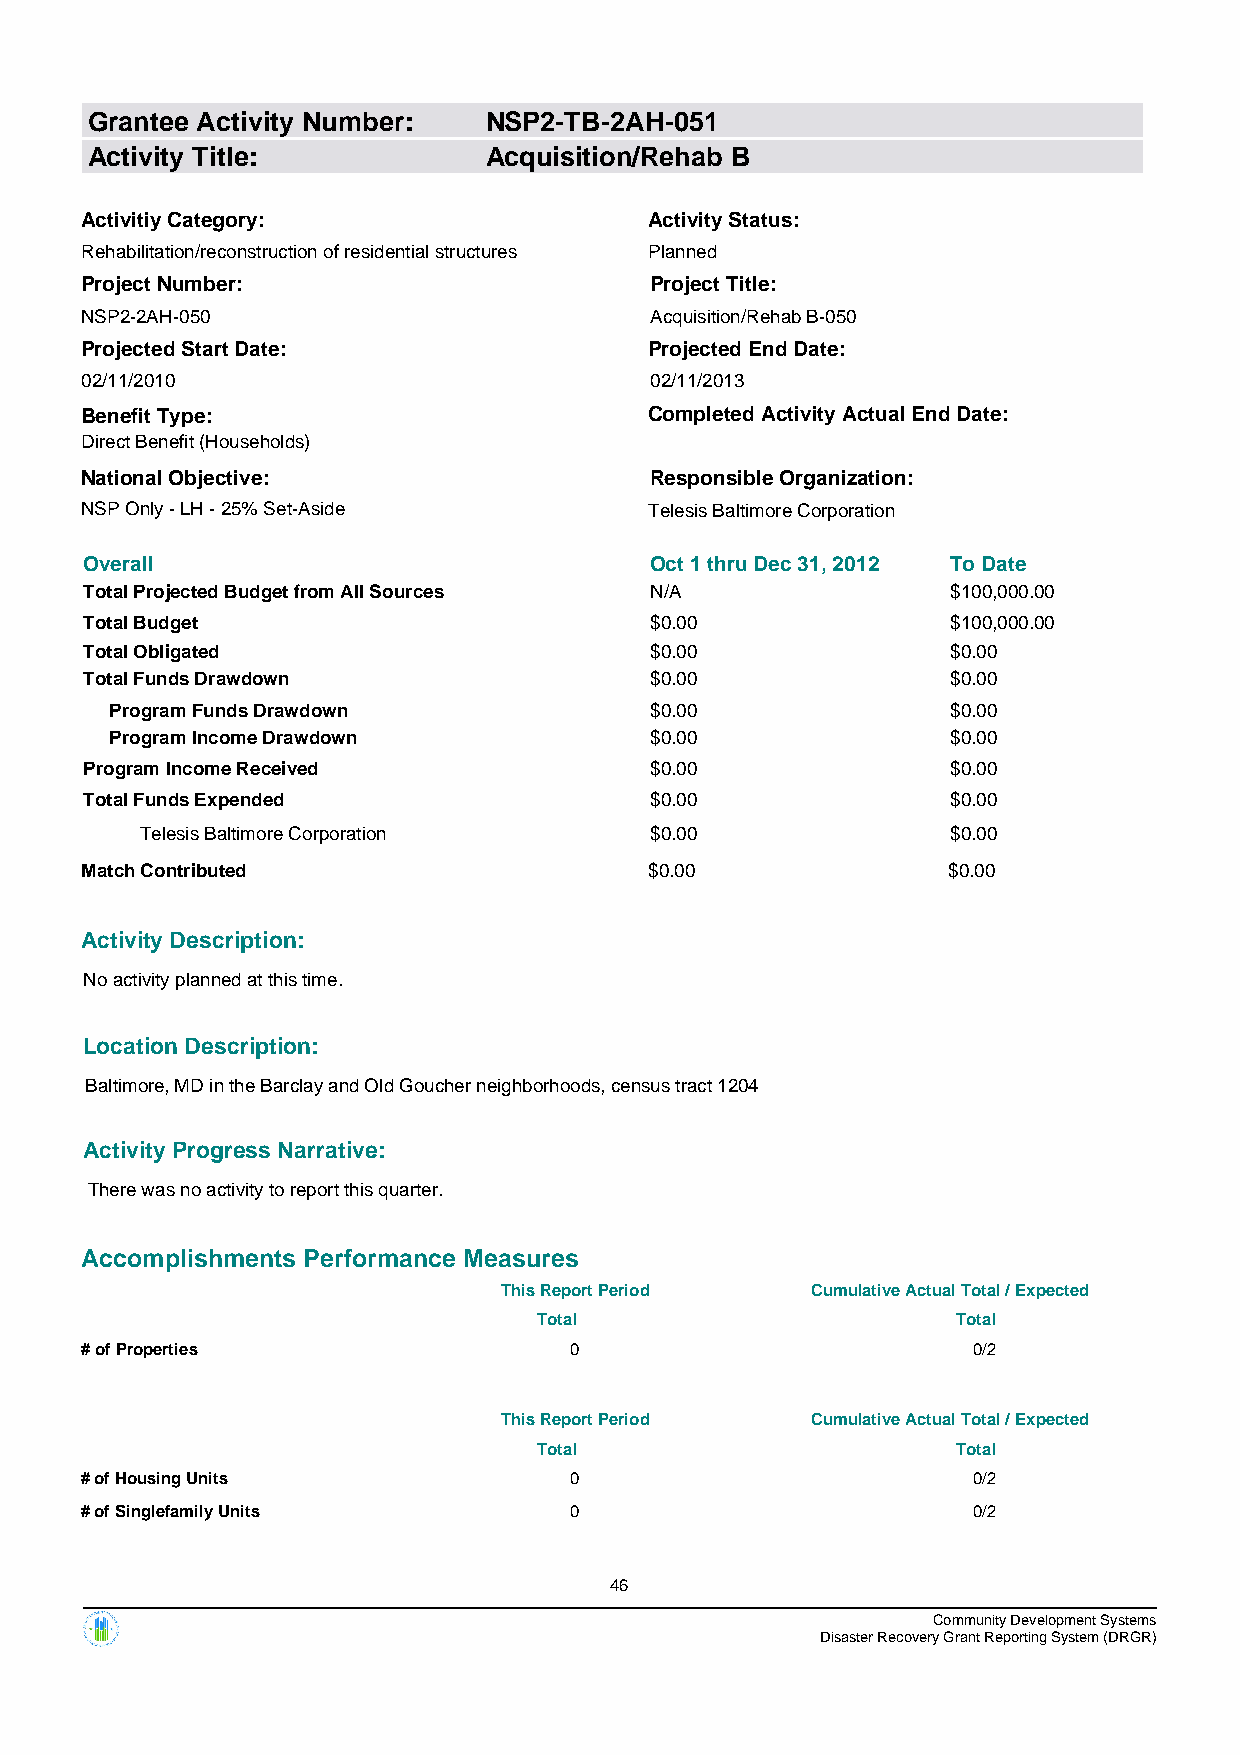
Grantee Activity Number:  NSP2-TB-2AH-051
 Activity Title:           Acquisition/Rehab B
 Activitiy Category:                   Activity Status:
 Rehabilitation/reconstruction of residential structures Planned
 Project Number:                       Project Title:
 NSP2-2AH-050                          Acquisition/Rehab B-050
 Projected Start Date:                 Projected End Date:
 02/11/2010                            02/11/2013
 Benefit Type:                         Completed Activity Actual End Date:
 Direct Benefit (Households)
 National Objective:                   Responsible Organization:
 NSP Only - LH - 25% Set-Aside         Telesis Baltimore Corporation
 Overall                              Oct 1 thru Dec 31, 2012 To Date
 Total Projected Budget from All Sources N/A              $100,000.00
 Total Budget                         $0.00               $100,000.00
 Total Obligated                      $0.00               $0.00
 Total Funds Drawdown                 $0.00               $0.00
 Program Funds Drawdown              $0.00               $0.00
 Program Income Drawdown             $0.00               $0.00
 Program Income Received              $0.00               $0.00
 Total Funds Expended                 $0.00               $0.00
 Telesis Baltimore Corporation     $0.00               $0.00
 Match Contributed                     $0.00               $0.00
 Activity Description:
 No activity planned at this time.
 Location Description:
 Baltimore, MD in the Barclay and Old Goucher neighborhoods, census tract 1204
 Activity Progress Narrative:
 There was no activity to report this quarter.
 Accomplishments Performance Measures
 This Report Period   Cumulative Actual Total / Expected
 Total                      Total
 # of Properties                  0                         0/2
 This Report Period   Cumulative Actual Total / Expected
 Total                      Total
 # of Housing Units               0                         0/2
 # of Singlefamily Units          0                         0/2
 46
 Community Development Systems
 Disaster Recovery Grant Reporting System (DRGR)